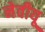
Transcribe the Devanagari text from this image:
नेवीयू